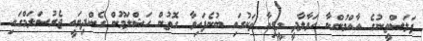
ފަލަސްތީނުގެ އާއްމުންނާ ހަވާލާދީ މީޑިއާ ތަކުގައި ބުނެފައިވާ ގޮތުން ހަޝްލަމޫން ގެންދިޔައީ ޖެރުސަލަމްގައި